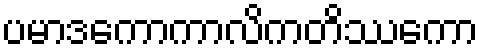
ပမာဒကောကာလိကတိဿကော